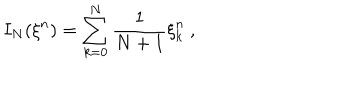
I _ { N } ( { \xi } ^ { n } ) = \sum _ { k = 0 } ^ { N } \frac { 1 } { N + 1 } { \xi } _ { k } ^ { n } \ ,